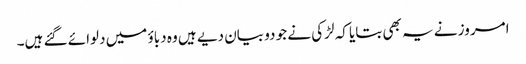
امروز نے یہ بھی بتایا کہ لڑکی نے جو دو بیان دیے ہیں وہ دباؤ میں دلوائے گئے ہیں۔